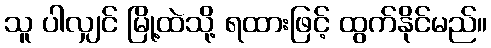
သူ ပါလျှင် မြို့ထဲသို့ ရထားဖြင့် ထွက်နိုင်မည်။